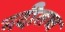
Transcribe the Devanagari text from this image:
नदीतच